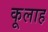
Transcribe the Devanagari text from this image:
कूलाह